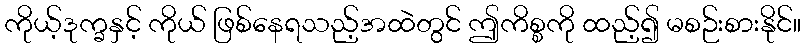
ကိုယ့်ဒုက္ခနှင့် ကိုယ် ဖြစ်နေရသည့်အထဲတွင် ဤကိစ္စကို ထည့်၍ မစဉ်းစားနိုင်။